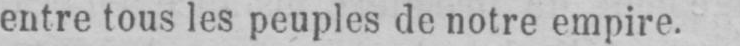
entre tous les peuples de notre empire.